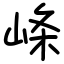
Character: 𡸇